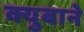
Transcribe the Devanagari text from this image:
क्युबाने